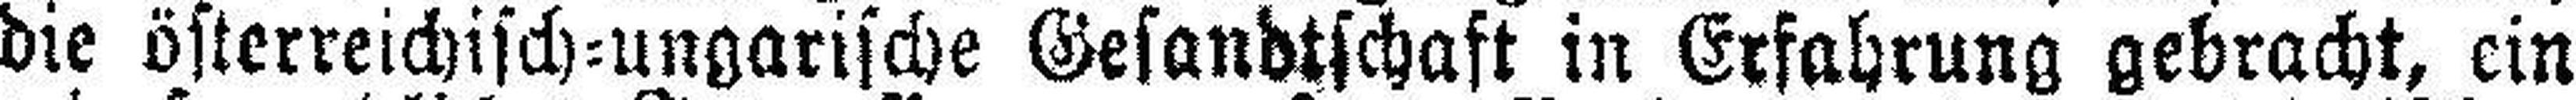
die österreichisch=ungarische Gesandtschaft in Erfahrung gebracht, ein